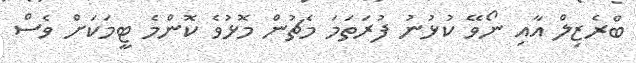
ބްރެޒިލް އާއި ނޯވޭ ކުޅުނު ފުރަތަމަ މެޗުން މޮޅުވެ ކޮންމެ ޓީމަކަށް ވެސް